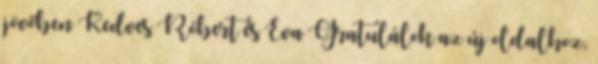
jövőben Kedves Róbert és Éva Gratulálok az új oldalhoz,